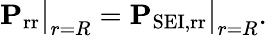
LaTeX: \mathbf{P}_{\mathrm{rr}}\big\rvert_{r=R}=\mathbf{P}_{\mathrm{SEI,rr}}\big\rvert_{r=R}.